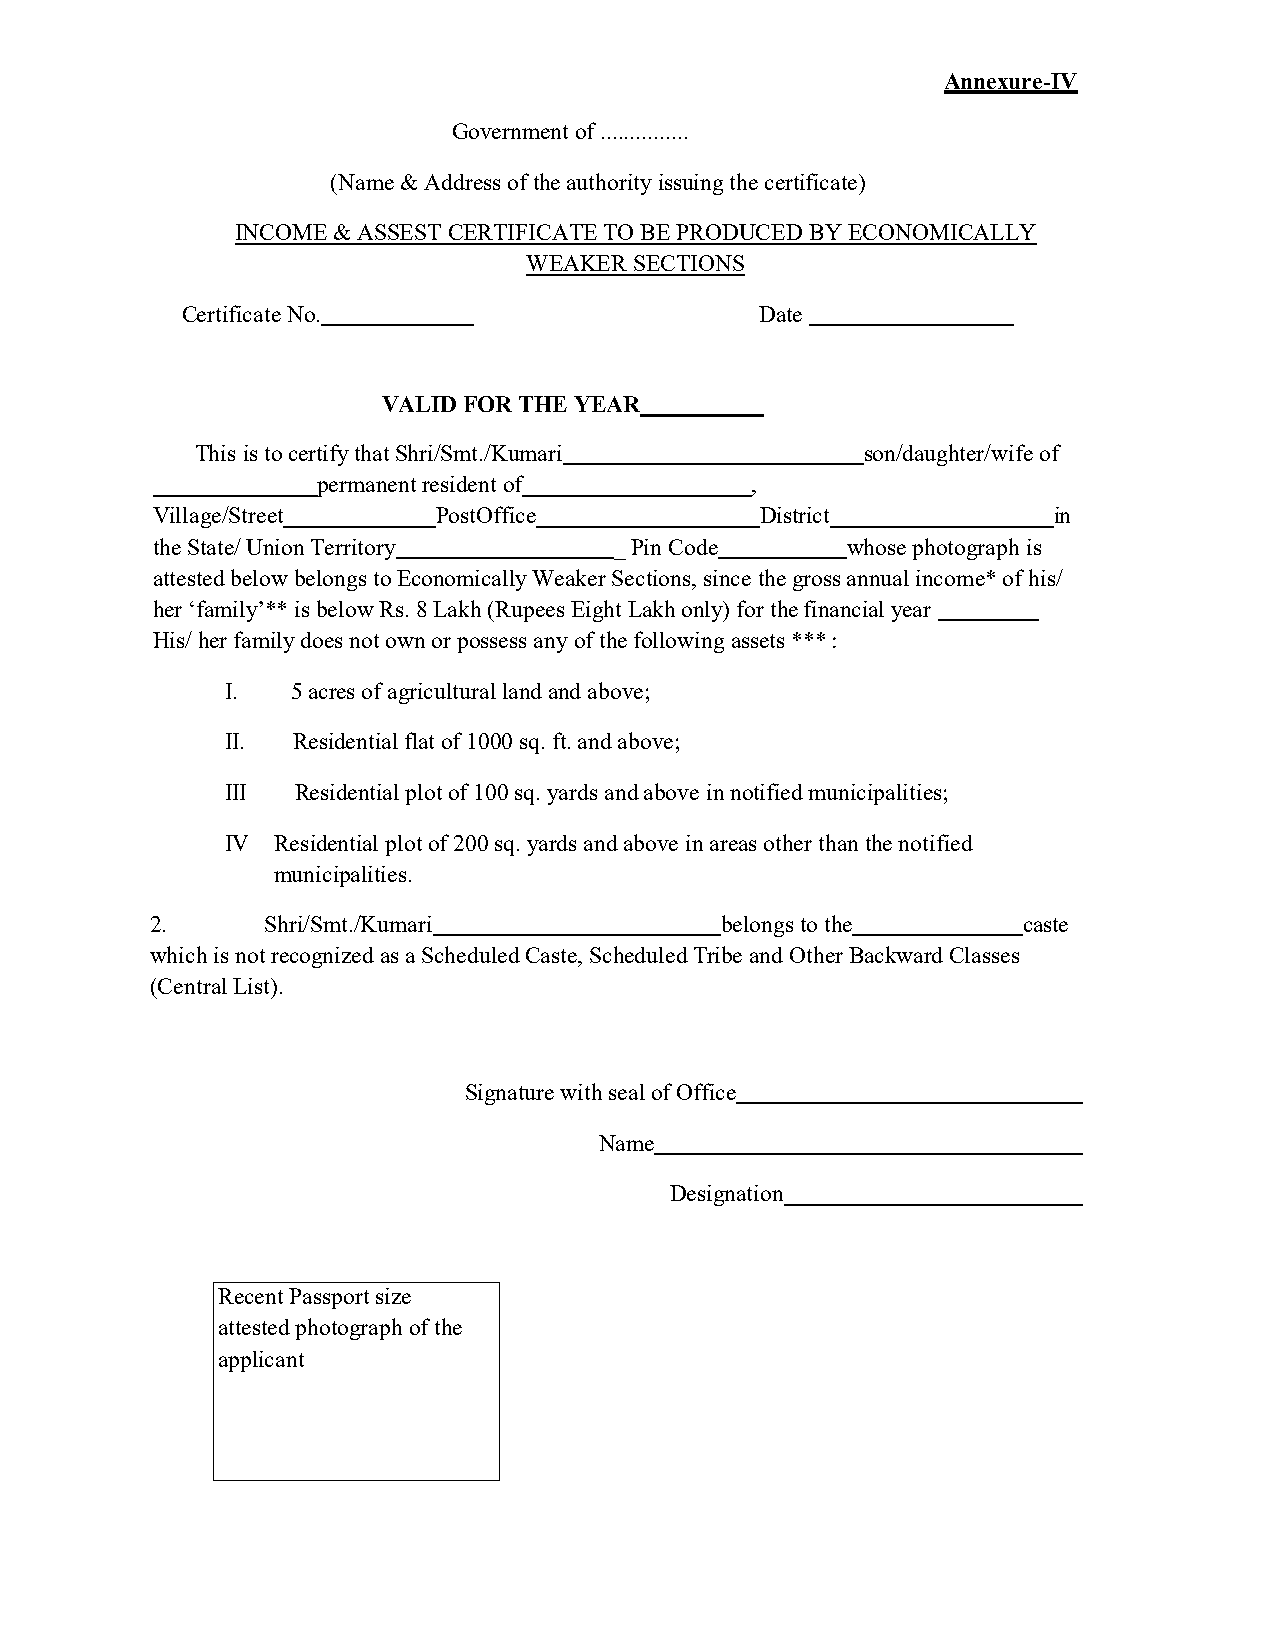
Annexure-IV
 Government of. ..............
 (Name & Address of the authority issuing thec ertificate)
 INCOME &ASSEST CERTIFICATE TO BE PRODUCED BY ECONOMICALLY
 WEAKER SECTIONS
 Certificate No.                       Date
 VALID FOR THE YEAR
 This ist o certifyt hat Shri/Smt./Kumari    son/daughter/wife of
 permanent resident of        ,
 Village/Street     PostOffice           District            in
 the State/ Union Territory     _ Pin Code     whose photograph is
 attested below belongs to Economically Weaker Sections, since the grossa nnual income* of his/
 her ‘family’** is below Rs. 8 Lakh (Rupees Eight Lakh only) for thfei nancial year
 His/ her family does noto wn or possess any of the following assets :***
 I.  5 acres of agricultural land and above;
 II. Residential flat of 1000s q. ft.a nd above;
 III  Residential plot of 100 sq. yards anda bove in notifiedm unicipalities;
 IV Residential plot of 200 sq. yards anda bove in areas other than the notified
 municipalities.
 2.     Shri/Smt./Kumari               belongs to the      caste
 which is not recognized asa Scheduled Caste, Scheduled Tribe and Other BackwardC lasses
 (Central List).
 Signature with sealo fO ffice
 Name
 Designation
 Recent Passport size
 attested photograph of the
 applicant